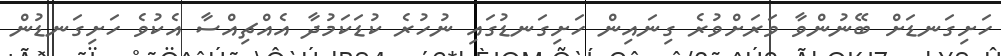
ހަށިގަނޑަށް ބޭނުންވާ ވަރަށްވުރެ ގިނައިން ހަށިގަނޑުގައި ނުހުރެ ކުޑަކަމުދާ އެއްޗިއްސާ އެކުވެ ހަށިގަނޑުން